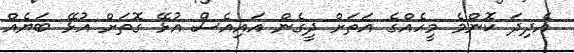
އެދިދަ ކޮންމެ މީހެއްގެ އަތަށް ދީގެން އައިއެސް އުޅޭ ގޮތަށް އުޅޭ ބަޔެއް